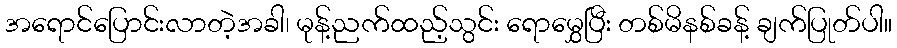
အရောင်ပြောင်းလာတဲ့အခါ၊ မုန့်ညက်ထည့်သွင်း ရောမွှေပြီး တစ်မိနစ်ခန့် ချက်ပြုတ်ပါ။